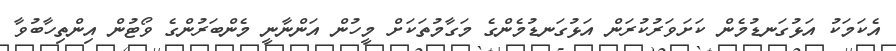
އެކަމަކު އަޅުގަނޑުމެން ކަށަވަރުކުރަން އަޅުގަނޑުމެންގެ މަގާމުތަކަށް މީހުން އަންނާނީ މެންބަރުންގެ ވޯޓުން އިންތިހާބުވާ